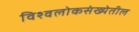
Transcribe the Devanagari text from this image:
विश्वलोकसंख्येतील